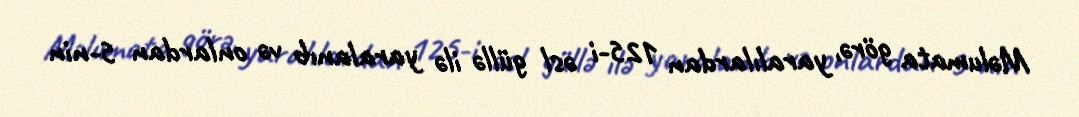
Məlumata görə, yaralılardan 125-i əsl güllə ilə yaralanıb və onlardan 5-nin